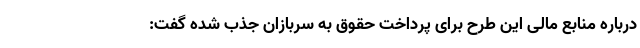
درباره منابع مالی این طرح برای پرداخت حقوق به سربازان جذب‌ شده گفت: